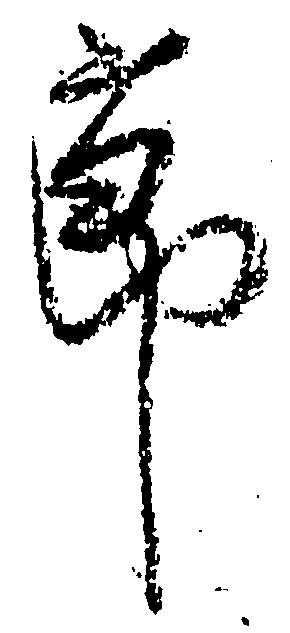
節